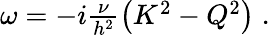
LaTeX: \begin{array}{r}{\omega=-i\frac{\nu}{h^{2}}\left(K^{2}-Q^{2}\right)\; .}\end{array}